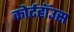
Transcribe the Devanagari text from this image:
कोर्टहॉउस